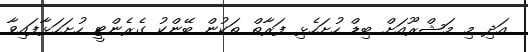
އަދި މި މަޝްރޫއަށް ބިޑް ހުށަހެޅި ފަރާތް ތަކުން ބޭންކު ގެރެންޓީ ހުށަހަޅާފައިވާ